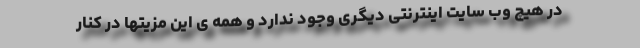
در هیچ وب سایت اینترنتی دیگری وجود ندارد و همه ی این مزیتها در کنار